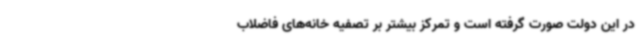
در این دولت صورت گرفته است و تمرکز بیشتر بر تصفیه خانه‌های فاضلاب